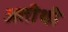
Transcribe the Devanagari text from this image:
अतीथी